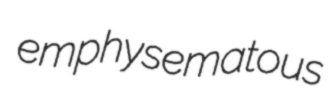
emphysematous